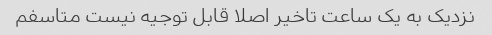
نزدیک به یک ساعت تاخیر اصلا قابل توجیه نیست متاسفم